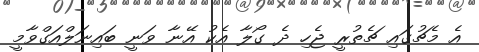
އެ މެޗުގައި ޗެތުރީ ޖެހި ދެ ގޯލާ އެކު އޭނާ ވަނީ ބައިނަލްއަގްވާމީ